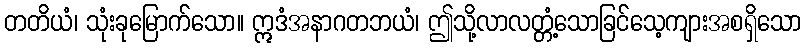
တတိယံ၊ သုံးခုမြောက်သော။ ဣဒံအနာဂတဘယံ၊ ဤသို့လာလတ္တံ့သောခြင်သေ့ကျားအစရှိသော